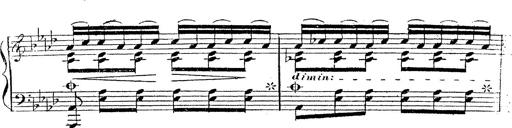
Title: 12 Lieder von Franz Schubert
Composer: Franz Liszt